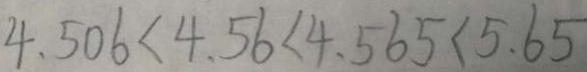
4 . 5 0 6 < 4 . 5 6 < 4 . 5 6 5 < 5 . 6 5